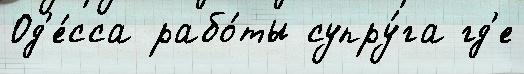
Од'е́сса рабо́ты супру́га гд'е